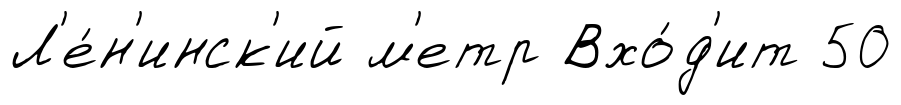
Л'е́н'инск'ий м'етр Вхо́д'ит 50